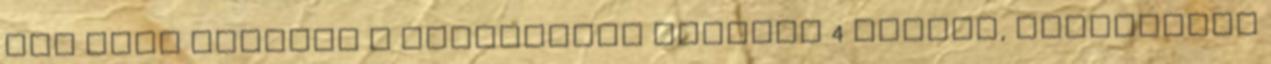
Meg kell jelölni a vizsgálati darabot 4 helyen, körülbelül